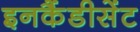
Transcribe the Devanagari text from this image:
इनकैंडीसेंट